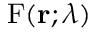
\mathrm { F } ( \mathbf { r } ; \lambda )